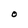
Character: O